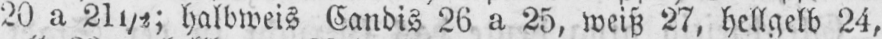
20 a 21½; halbweis Candis 26 a 25, weiß 27, hellgelb 24,